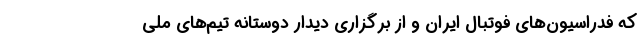
که فدراسیون‌های فوتبال ایران و از برگزاری دیدار دوستانه تیم‌های ملی